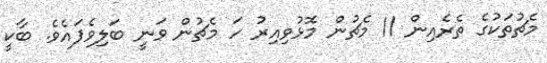
މެޗުތަކުގެ ތެރެއިން 11 މެޗުން މޮޅުވިއިރު ހަ މެޗުން ވަނީ ބަލިވެފައެވެ. ބާކީ